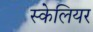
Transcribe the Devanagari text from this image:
स्केलियर